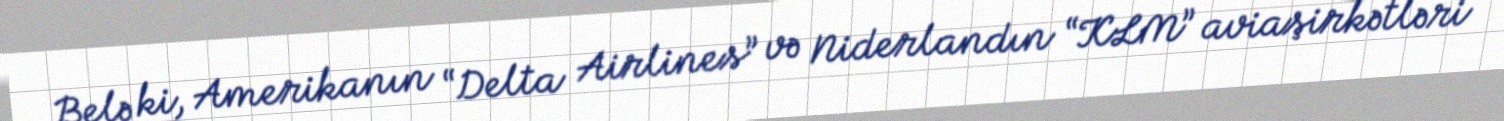
Belə ki, Amerikanın “Delta Airlines” və Niderlandın “KLM” aviaşirkətləri